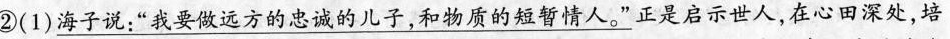
②（1）\underline{海子说：”我要做远方的忠诚的儿子，和物质的短暂情人。”}正是启示世人，在心田深处，培